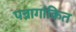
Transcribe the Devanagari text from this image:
पन्नागांकित